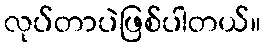
လုပ်တာပဲဖြစ်ပါတယ်။